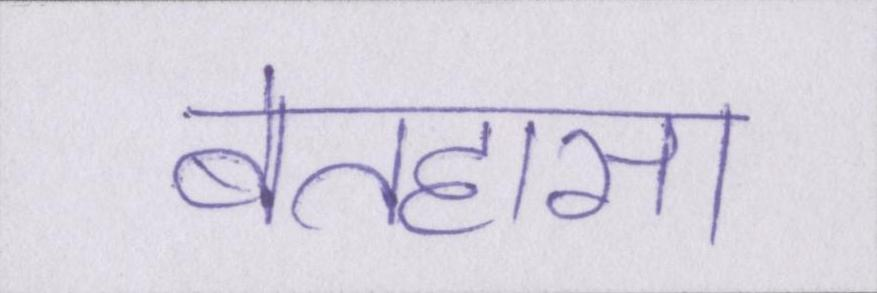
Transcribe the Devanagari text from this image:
बेतहासा